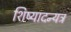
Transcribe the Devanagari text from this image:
शिष्यादन्यत्र